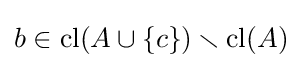
b\in {\text{cl}}(A\cup \{c\})\smallsetminus {\text{cl}}(A)